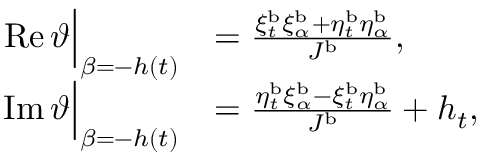
\begin{array} { r l } { \operatorname { R e } \vartheta \Big | _ { \beta = - h ( t ) } } & { = \frac { \xi _ { t } ^ { \mathrm { b } } \xi _ { \alpha } ^ { \mathrm { b } } + \eta _ { t } ^ { \mathrm { b } } \eta _ { \alpha } ^ { \mathrm { b } } } { J ^ { \mathrm { b } } } , } \\ { \operatorname { I m } \vartheta \Big | _ { \beta = - h ( t ) } } & { = \frac { \eta _ { t } ^ { \mathrm { b } } \xi _ { \alpha } ^ { \mathrm { b } } - \xi _ { t } ^ { \mathrm { b } } \eta _ { \alpha } ^ { \mathrm { b } } } { J ^ { \mathrm { b } } } + h _ { t } , } \end{array}